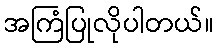
အကြံပြုလိုပါတယ်။